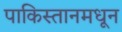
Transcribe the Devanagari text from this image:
पाकिस्तानमधून